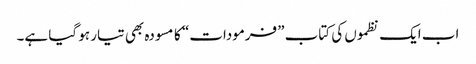
اب ایک نظموں کی کتاب ”فرمودات“ کا مسودہ بھی تیار ہو گیا ہے۔